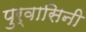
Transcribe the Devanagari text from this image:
पुर्वासिनी